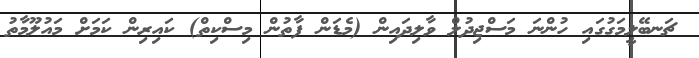
ޗަނބޭލީމަގުގައި ހުންނަ މަސްޖިދުލް ވާލިދައިން (މެޑަން ފާތުން މިސްކިތް) ކައިރިން ކަމަށް މައުލޫމާތު